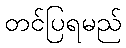
တင်ပြရမည်